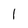
Character: I